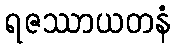
ရဇဿာယတနံ